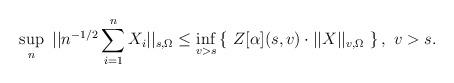
LaTeX: \begin{align*} \sup_n \ ||n^{-1/2} \sum_{i=1}^n X_i||_{s,\Omega} \le \inf_{v > s} \left\{ \ Z[\alpha](s,v) \cdot ||X||_{v,\Omega} \ \right\}, \ v > s.\end{align*}